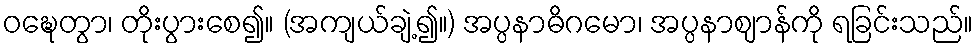
ဝဍ္ဎေတွာ၊ တိုးပွားစေ၍။ (အကျယ်ချဲ့၍။) အပ္ပနာဓိဂမော၊ အပ္ပနာဈာန်ကို ရခြင်းသည်။